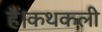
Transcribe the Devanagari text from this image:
हैं।कथकली